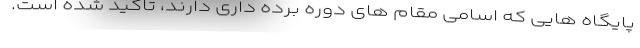
پایگاه هایی که اسامی مقام های دوره برده داری دارند، تاکید شده است.